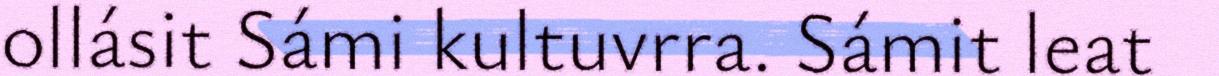
ollásit Sámi kultuvrra. Sámit leat